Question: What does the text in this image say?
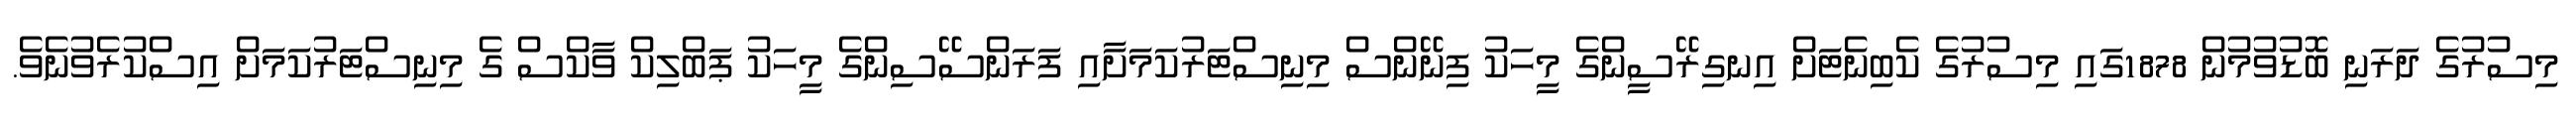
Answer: މިސުރުގެ ދަރަނި ބޮޑުވުމުން 1878ގައި މިސުރުގެ ކެބިނެޓަށް އިނގިރޭސީންގެ މީހަކު ފިނޭންސް މިނިސްޓަރުކަމަށާއި ފަރަންސޭސިންގެ މީހަކު ޕަބްލިކް ވާކްސް ގެ މިނިސްޓަރުކަމަށް އިސްކުރެވުނެވެ.